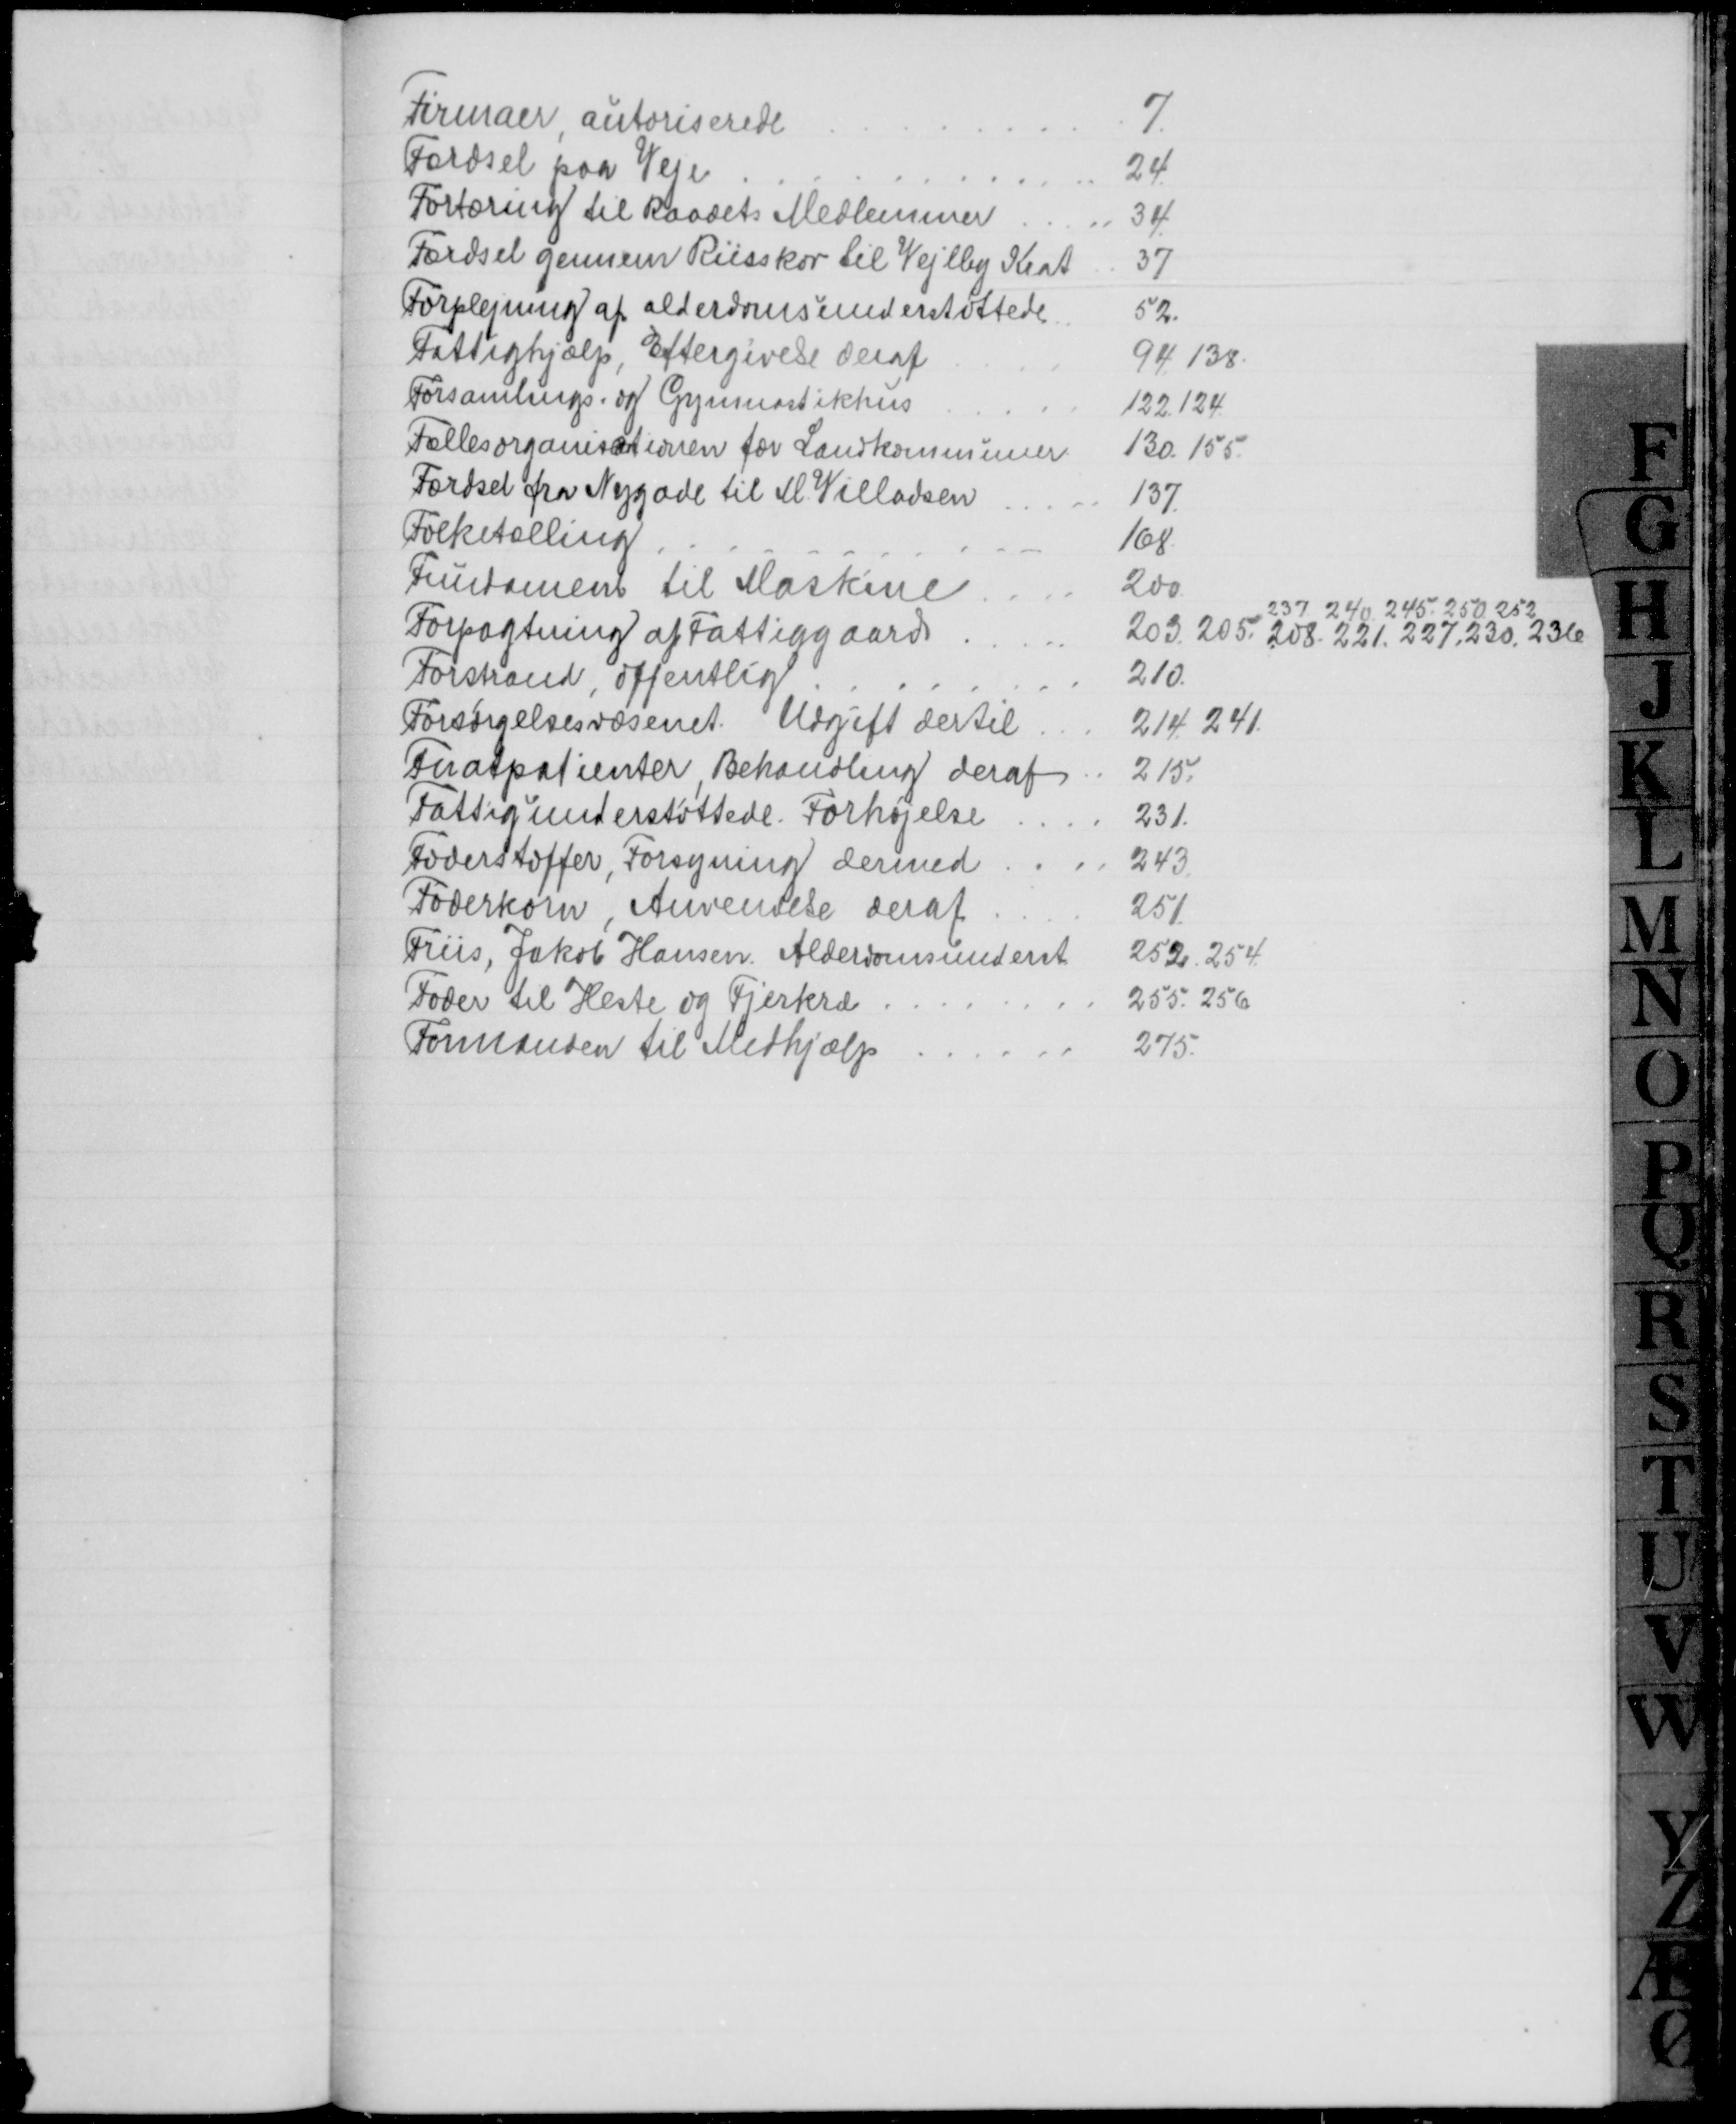
Transskription:
Firmaer autoriserede
7.
Færdsel paa Veje
24.
Fortæring til Raadets Medlemmer
34
Færdsel gennem Riisskov til Vejlby Krat
37
Forplejning af alderdomsunderstøttede
52.
Fattighjælp, Eftergivelse deraf
94.138.
Forsamlings- og Gymnastikhus
122.124
Fællesorganisationen for Landkommuner
130.155.
Færdsel fra Nygade til M. Villadsen
137.
Folketælling
168
Fundament til Maskine
200
Forpagtning af Fattiggaard
203. 205. 208. 221. 227. 230. 236
237. 240. 245. 250. 252
Forstrand, offentlig
210.
Forsørgelsesvæsenet. Udgift dertil
214. 241.
Fnatpatienter Behandling deraf
215.
Fattigunderstøttede. Forhøjelse
231.
Foderstoffer, Forsyning dermed
243.
Foderkorn. Anvendelse, deraf
251.
Friis, Jakob Hansen. Alderdomsunderst
252. 254.
Foder til Heste og Fjerkræ
255. 256
Formanden til Medhjælp
275.